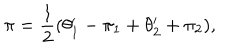
LaTeX: \pi = { \frac { 1 } { 2 } } ( \theta _ { 1 } ^ { \prime } - \pi _ { 1 } + \theta _ { 2 } ^ { \prime } + \pi _ { 2 } ) ,